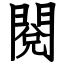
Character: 閱